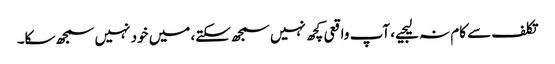
تکلف سے کام نہ لیجیے، آپ واقعی کچھ نہیں سمجھ سکتے، میں خود نہیں سمجھ سکا۔